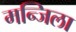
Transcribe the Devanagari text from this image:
मन्जिला